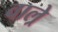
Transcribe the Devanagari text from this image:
वाल्रे